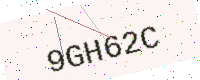
Text: 9GH62C